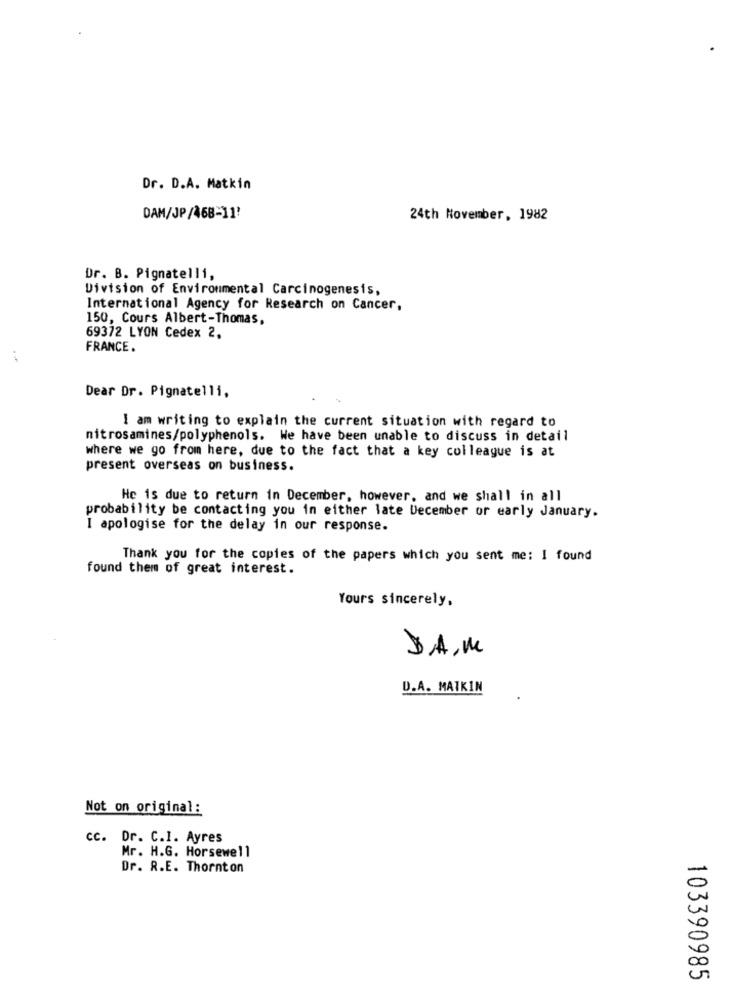
Dr. D.A. Matkin
DAM/JP/468-11'
24th November, 1982
Dr. B. Pignatelli,
Division of Environmental Carcinogenesis,
International Agency for Research on Cancer,
150, Cours Albert-Thomas,
69372 LYON Cedex 2.
FRANCE.
Dear Dr. Pignatelli,
I am writing to explain the current situation with regard to
nitrosamines/polyphenols. We have been unable to discuss in detail
where we go from here, due to the fact that a key colleague is at
present overseas on business.
He is due to return in December, however, and we shall in all
probability be contacting you in either late December or early January.
I apologise for the delay in our response.
Thank you for the copies of the papers which you sent me: I found
found them of great interest.
Yours sincerely,
DA,M
D.A. MATKIN
Not on original:
cc. Dr. C.I. Ayres
Mr. H.G. Horsewell
Dr. R.E. Thornton
103390985